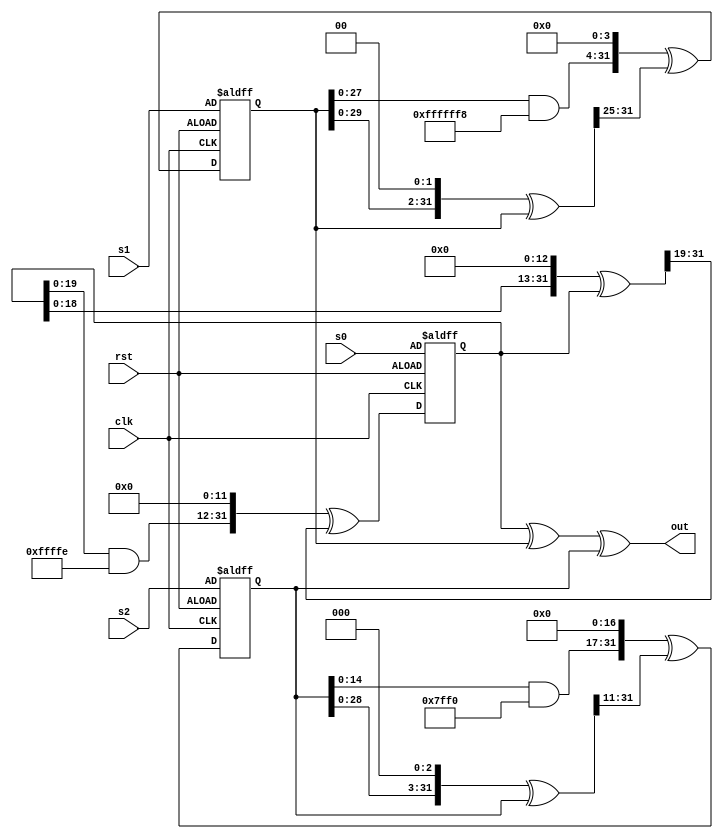
/*
 * Time  : 2020/01/20
 * function: create GDF random number 
*/

module URNG(
    // clk and rst
    input clk,
    input rst,
    
    input [31:0] s0,
    input [31:0] s1,
    input [31:0] s2,
    
    output [31:0] out
    );
    
    reg [31:0]b0;
    reg [31:0]b1;
    reg [31:0]b2;
    reg [31:0]s0_reg;
    reg [31:0]s1_reg;
    reg [31:0]s2_reg;
    reg [31:0]s0_tmp;
    reg [31:0]s1_tmp;
    reg [31:0]s2_tmp;
    
    
    always@(*)begin
        s0_tmp = s0_reg & 32'hFFFFFFFE;
        s1_tmp = s1_reg & 32'hFFFFFFF8;
        s2_tmp = s2_reg & 32'hFFFFFFF0;
    end
    
    always@(*)begin
        b0 = (((s0_reg<<13)^s0_reg)>>19);
        b1 = (((s1_reg<<2)^s1_reg)>>25);
        b2 = (((s2_reg<<3)^s2_reg)>>11);
    end
    
    always@(posedge clk, negedge rst)begin
        if(~rst) begin
            s0_reg <= s0;
            s1_reg <= s1;
            s2_reg <= s2;
        end
        else begin
                s0_reg <= (((s0_tmp)<<12)^b0);
                s1_reg <= (((s1_tmp)<<4)^b1);
                s2_reg <= (((s2_tmp)<<17)^b2);
        end
    end
    
    assign out = s0_reg ^ s1_reg ^s2_reg;
    
endmodule